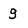
Character: g